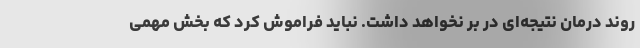
روند درمان نتیجه‌ای در بر نخواهد داشت. نباید فراموش کرد که بخش مهمی